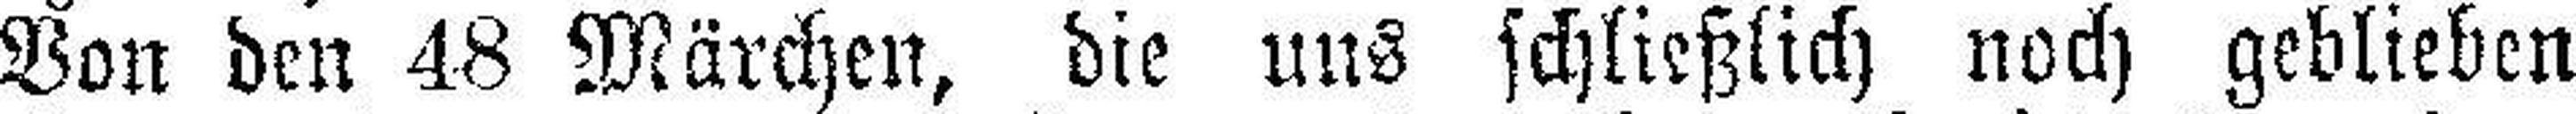
Von den 48 Märchen, die uns schließlich noch geblieben